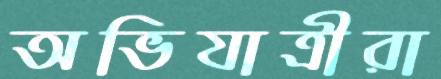
অভিযাত্রীরা